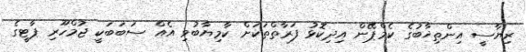
ރިޔާސީ އިންތިޚާބުގެ ކެމްޕޭން އިދިކޮޅު ފަރާތްތަކަށް ކާމިޔާބުވި އެއް ސަބަބަކީ ޖުމްހޫރި ޕާޓީގެ